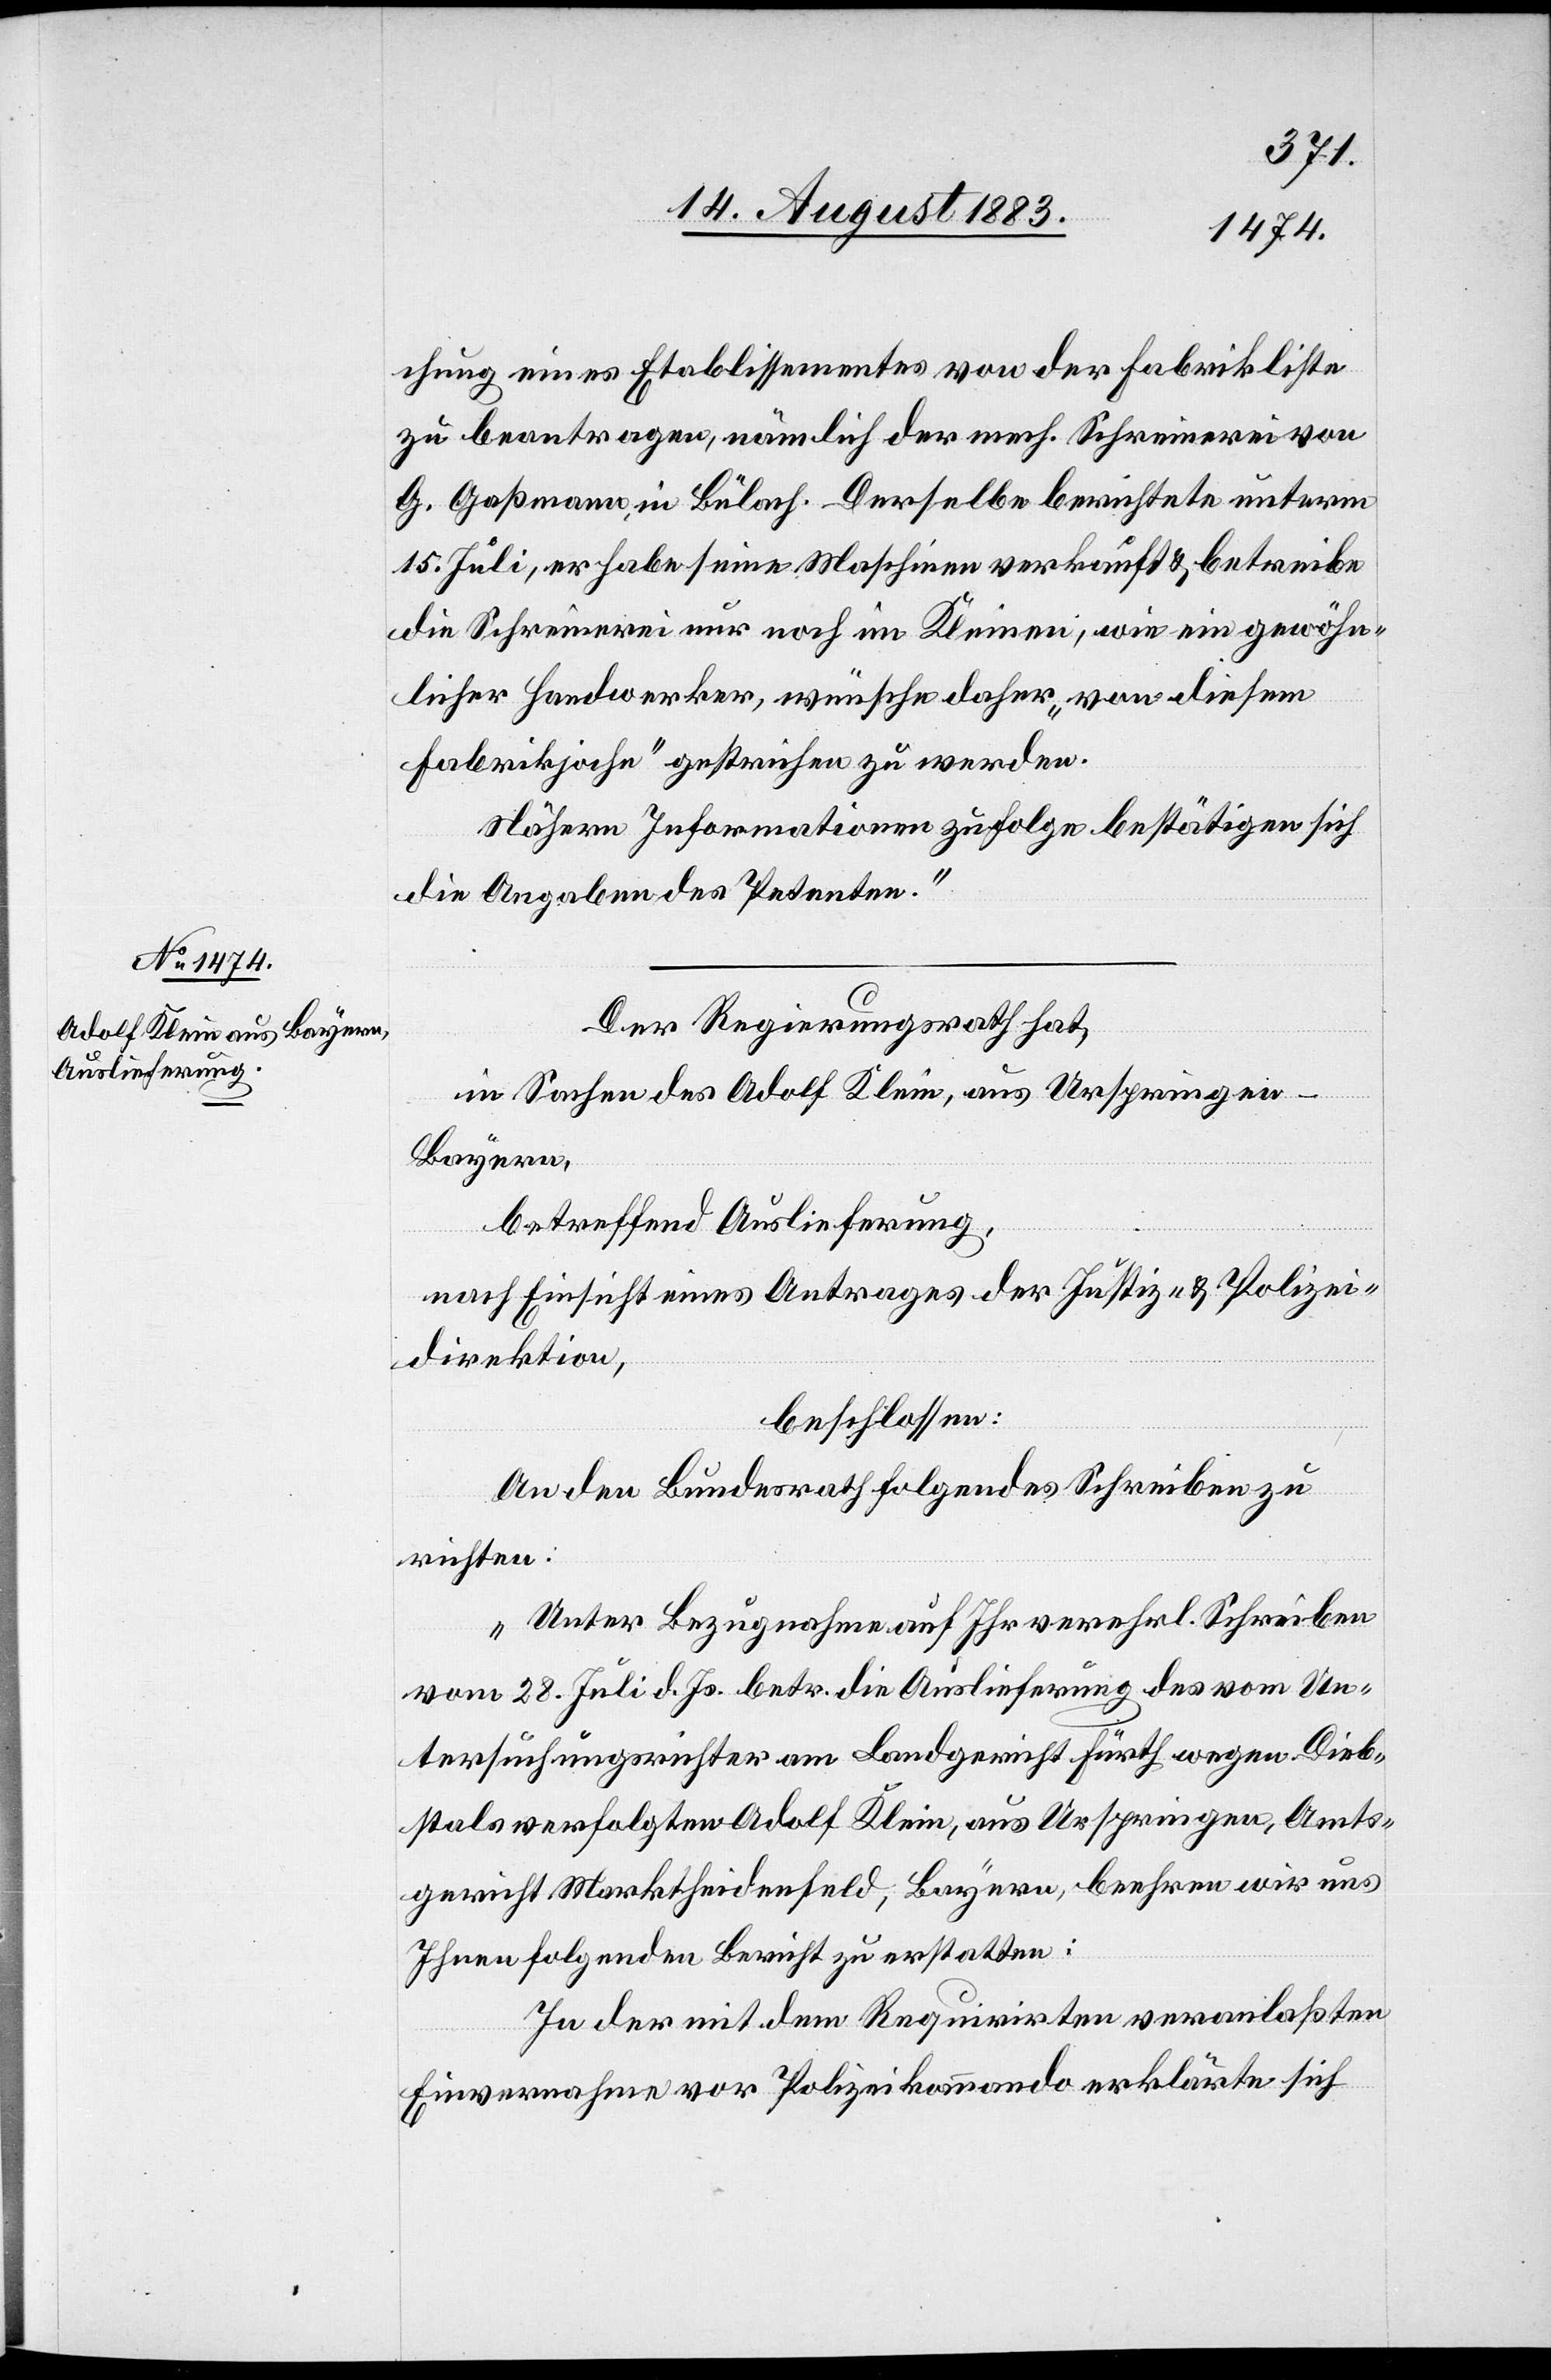
ic!] eines Etablissementes von der Fabrikliste
zu beantragen, nämlich der mech. Schreinerei von
G. Gaßmann, in Bülach. Derselbe berichtete unterm
15. Juli, er habe seine Maschiene [sic!] verkauft & betreibe
die Schreinerei nur noch im Kleinen, wie ein gewöhn¬
licher Handwerker, wünsche daher „von diesem
Fabrikjoche“ gestrichen zu werden.
Nähern Informationen zu Folge bestätigen sich
die Angaben des Petenten.“
Der Regierungsrath hat,
in Sachen des Adolf Klein, aus Urspringen
Bayern,
betreffend Auslieferung,
nach Einsicht eines Antrages der Justiz- & Polizei¬
direktion,
beschlossen:
chung
An den Bundesrath folgendes Schreiben zu
richten:
„Unter Bezugnahme auf Ihr verehrl. Schreiben
vom 28. Juli d. Js. betr. die Auslieferung des vom Un¬
tersuchungsrichter am Landgericht Fürth wegen Dieb¬
stals verfolgten Adolf Klein, aus Urspringen, Amts¬
gericht Marktheidenfeld, Bayern, beehren wir uns
Ihnen folgenden Bericht zu erstatten:
In der mit dem Requirirten veranlaßten
[s¬
Einvernahme vor Polizeikommando erklärte sich